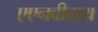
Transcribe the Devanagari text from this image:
एएनवीवाय